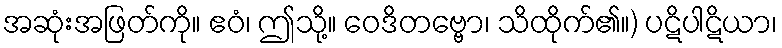
အဆုံးအဖြတ်ကို။ ဧဝံ၊ ဤသို့။ ဝေဒိတဗ္ဗော၊ သိထိုက်၏။) ပဋိပါဋိယာ၊